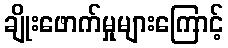
ချိုးဖောက်မှုများကြောင့်